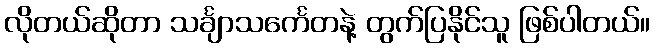
လိုတယ်ဆိုတာ သင်္ချာသင်္ကေတနဲ့ တွက်ပြနိုင်သူ ဖြစ်ပါတယ်။